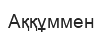
Аққұммен